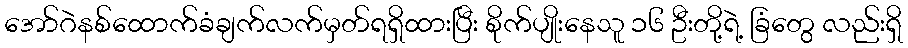
အော်ဂဲနစ်ထောက်ခံချက်လက်မှတ်ရရှိထားပြီး စိုက်ပျိုးနေသူ ၁၆ ဦးတို့ရဲ့ ခြံတွေ လည်းရှိ